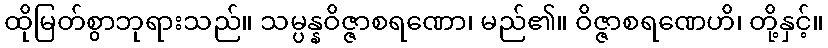
ထိုမြတ်စွာဘုရားသည်။ သမ္ပန္နဝိဇ္ဇာစရဏော၊ မည်၏။ ဝိဇ္ဇာစရဏေဟိ၊ တို့နှင့်။